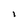
Character: I